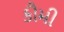
કૌમી